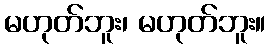
မဟုတ်ဘူး၊ မဟုတ်ဘူး။